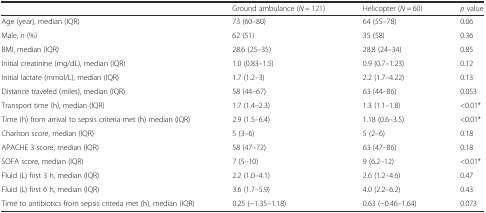
<table><thead><tr><td></td><td><b>Ground ambulance (<i>N</i> = 121)</b></td><td><b>Helicopter (<i>N</i> = 60)</b></td><td><b><i>p</i> value</b></td></tr></thead><tbody><tr><td>Age (year), median (IQR)</td><td>73 (60–80)</td><td>64 (55–78)</td><td>0.06</td></tr><tr><td>Male, <i>n</i> (%)</td><td>62 (51)</td><td>35 (58)</td><td>0.36</td></tr><tr><td>BMI, median (IQR)</td><td>28.6 (25–35)</td><td>28.8 (24–34)</td><td>0.85</td></tr><tr><td>Initial creatinine (mg/dL), median (IQR)</td><td>1.0 (0.83–1.5)</td><td>0.9 (0.7–1.23)</td><td>0.12</td></tr><tr><td>Initial lactate (mmol/L), median (IQR)</td><td>1.7 (1.2–3)</td><td>2.2 (1.7–4.22)</td><td>0.13</td></tr><tr><td>Distance traveled (miles), median (IQR)</td><td>58 (44–67)</td><td>63 (44–86)</td><td>0.053</td></tr><tr><td>Transport time (h), median (IQR)</td><td>1.7 (1.4–2.3)</td><td>1.3 (1.1–1.8)</td><td>&lt;0.01*</td></tr><tr><td>Time (h) from arrival to sepsis criteria met (h) median (IQR)</td><td>2.9 (1.5–6.4)</td><td>1.18 (0.6–3.5)</td><td>&lt;0.01*</td></tr><tr><td>Charlson score, median (IQR)</td><td>5 (3–6)</td><td>5 (2–6)</td><td>0.18</td></tr><tr><td>APACHE 3 score, median (IQR)</td><td>58 (47–72)</td><td>63 (47–86)</td><td>0.18</td></tr><tr><td>SOFA score, median (IQR)</td><td>7 (5–10)</td><td>9 (6.2–12)</td><td>&lt;0.01*</td></tr><tr><td>Fluid (L) first 3 h, median (IQR)</td><td>2.2 (1.0–4.1)</td><td>2.6 (1.2–4.6)</td><td>0.47</td></tr><tr><td>Fluid (L) first 6 h, median (IQR)</td><td>3.6 (1.7–5.9)</td><td>4.0 (2.2–6.2)</td><td>0.43</td></tr><tr><td>Time to antibiotics from sepsis criteria met (h), median (IQR)</td><td>0.25 (−1.35–1.18)</td><td>0.63 (−0.46–1.64)</td><td>0.073</td></tr></tbody></table>